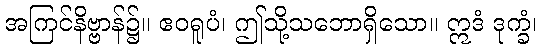
အကြင်နိဗ္ဗာန်၌။ ဧဝရူပံ၊ ဤသို့သဘောရှိသော။ ဣဒံ ဒုက္ခံ၊